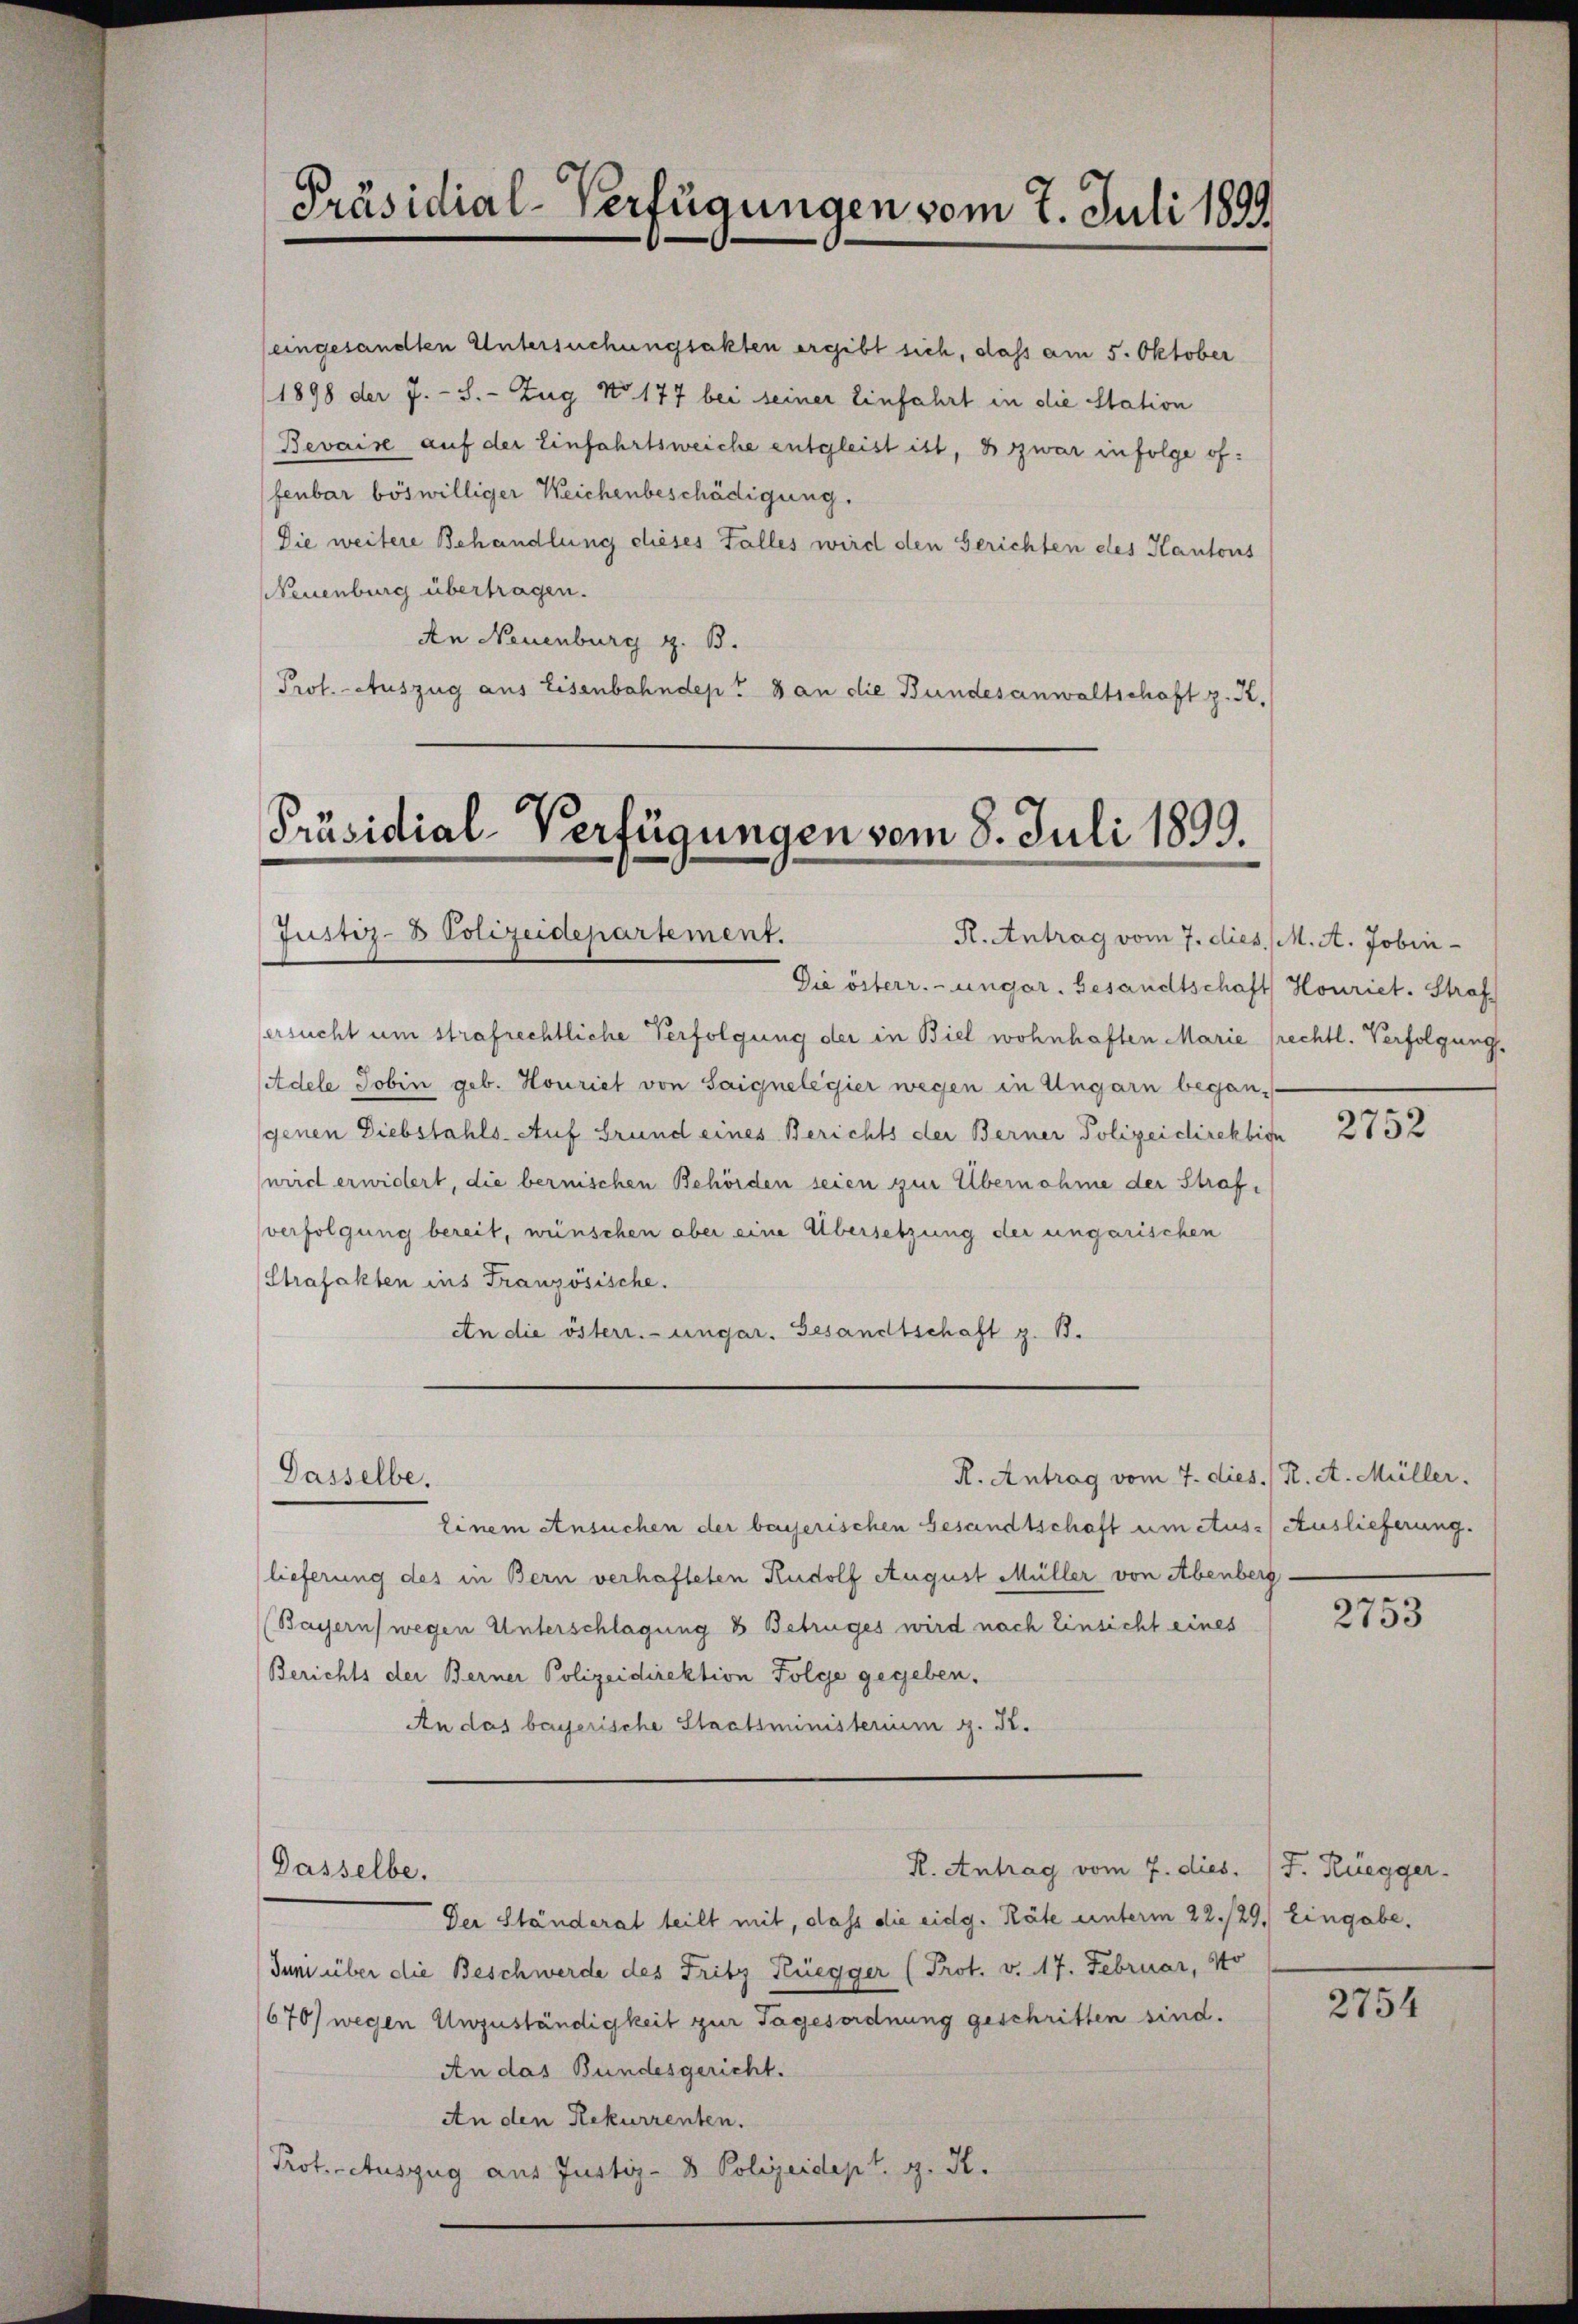
Präsidial-Verfügungen vom 7. Juli 1899

1898 der 7. - S.- Zug No 177 bei seiner Einfahrt in die Station
Bevaise auf der Einfahrtsweiche entgleist ist, & zwar infolge offenbar böswilliger Weichenbeschädigung.
Die weitere Behandlung dieses Falles wird den Gerichten des Kantons
Neuenburg übertragen.
An Neuenburg z. B.
Prof. Auszug aus Eisenbahndep? 8 an die Bundesanwaltschaft z. R.

Präsidial-Verfügungen vom 8. Juli 1899.
Justiz- & Polizeidepartement.
R. Antrag vom 7. dies. M. A. Jobin-

Dasselbe.

eingesandten Untersuchungsakten ergibt sich, dass am 5. Oktober

Die österr.-ungar. Gesandtschaft Houriet. Straf
ersucht um strafrechtliche Verfolgung der in Biel wohnhaften Marie frechtl. Verfolgung
Adele Jobin geb. Houriet von Saignelegier wegen in Ungarn began-
genen Diebstahls-Auf Grund eines Berichts der Berner Polizeidirektion
wird erwidert, die bernischen Behörden seien zur Übernahme der Strafverfolgung bereit, wünschen aber eine Übersetzung der ungarischen
Strafakten ins Französische.
An die österr.-ungar. Gesandtschaft z. B.
R. Antrag vom 7. dies / K. A. Müller.
Einem Ansuchen der bayerischen Gesandtschaft um Aus-) Auslieferung.
lieferung des in Bern verhafteten Rudolf August Müller von Abenberg
(Bayern) wegen Unterschlagung 8 Betruges wird nach Einsicht eines
Berichts der Berner Polizeidirektion Folge gegeben.
An das bayerische Staatsministerium g. K.
R. Antrag vom 7. dies.
Dasselbe.
Der Ständerat teilt mit, dass die eidg. Räte unterm 22./29. Eingabe.
dum über die Beschwerde des Fritz Rüegger (Prot. v. 17. Februar, No
670) wegen Unzuständigkeit zur Tagesordnung geschritten sind.
An das Bundesgericht.
An den Rekurrenten.
Prot. Auszug aus Justiz- & Polizeidept. g. K.

2752

2753

J. Rüegger.

2754